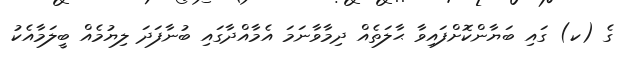
ގެ (ކ) ގައި ބަޔާންކޮށްފައިވާ ޙާލަތެއް ދިމާވާނަމަ އެމާއްދާގައި ބުނާފަދަ ލިޔުމެއް ބީލަމާއެކު